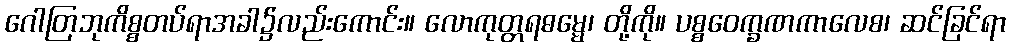
ဂေါတြဘုကိစ္စတပ်ရာအခါ၌လည်းကောင်း။ လောကုတ္တရဓမ္မေ၊ တို့ကို။ ပစ္စဝေက္ခဏကာလေစ၊ ဆင်ခြင်ရာ